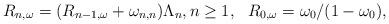
LaTeX: \begin{align*}R_{n,\omega} = (R_{n-1,\omega} + \omega_{n,n}) \Lambda_n, n \ge 1, ~~ R_{0,\omega} = \omega_0/(1-\omega_0),\end{align*}